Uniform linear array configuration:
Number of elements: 48
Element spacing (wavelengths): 1
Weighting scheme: hamming
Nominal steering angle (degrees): -60
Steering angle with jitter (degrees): -58.269
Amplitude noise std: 0.05
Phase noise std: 0.05

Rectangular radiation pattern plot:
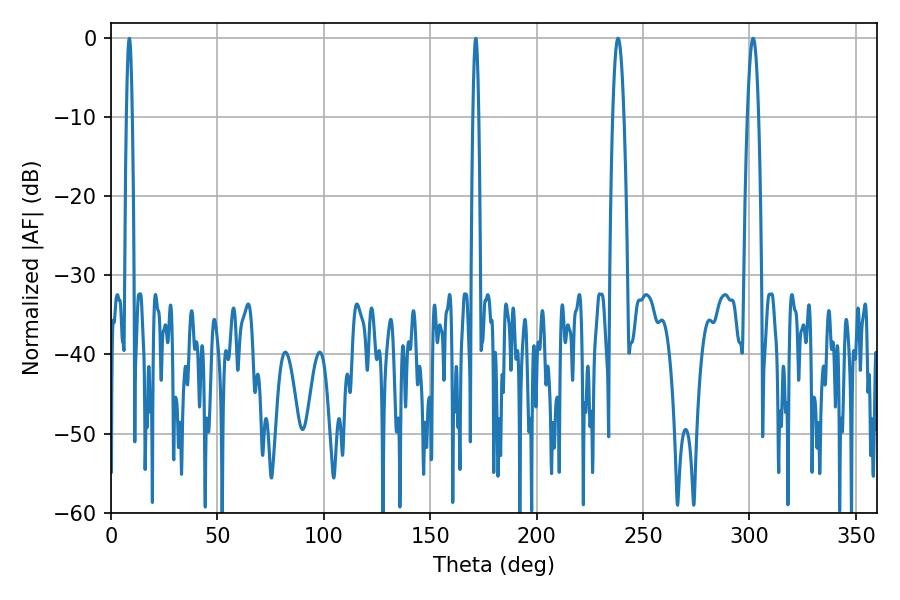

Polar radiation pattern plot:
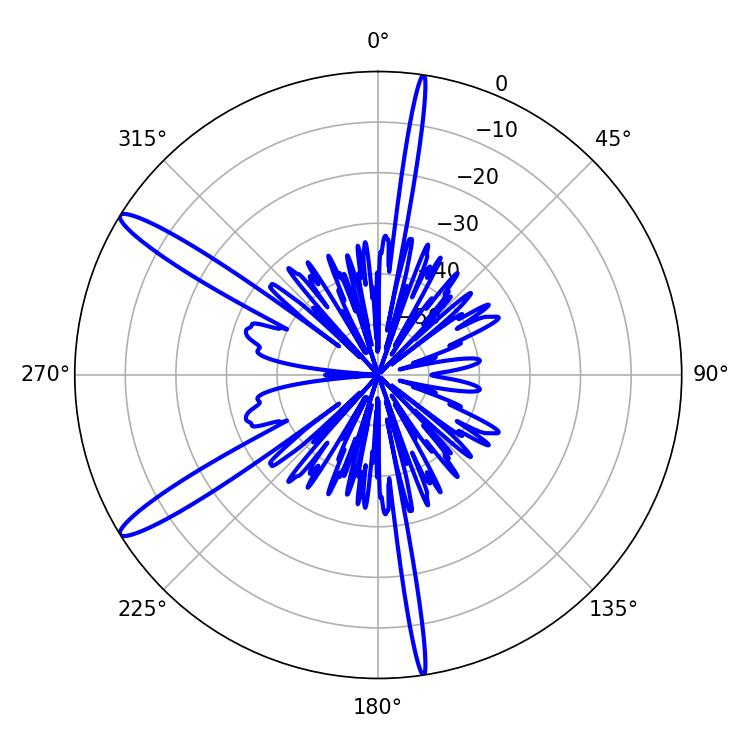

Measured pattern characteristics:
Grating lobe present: TRUE
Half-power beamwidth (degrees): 2.88
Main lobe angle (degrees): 301.68